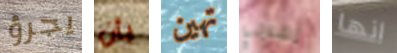
يجرؤ بأن تهين إشارتي انها